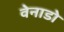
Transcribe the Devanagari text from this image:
वेनाडो